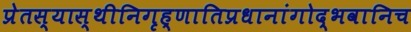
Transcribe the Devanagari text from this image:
प्रेतस्यास्थीनिगृह्णातिप्रधानांगोद्भवानिच